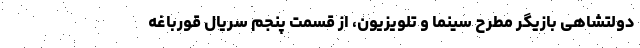
دولتشاهی بازیگر مطرح سینما و تلویزیون، از قسمت پنجم سریال قورباغه